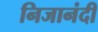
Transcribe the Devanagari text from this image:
निजानंदी